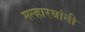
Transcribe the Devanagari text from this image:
मल्हारबांनी